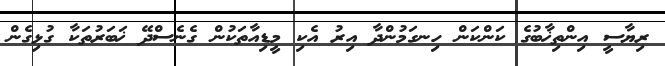
ރިޔާސީ އިންތިޚާބުގެ ކަންކަން ހިނގަމުންދާ އިރު އެކި މީޑިއާތަކުން ގެނެސްދޭ ޚަބަރުތަކާ ގުޅިގެން